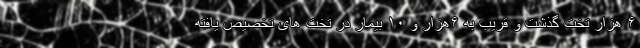
۶ هزار تخت گذشت و قریب به ۶هزار و ۱۰ بیمار در تخت های تخصیص یافته